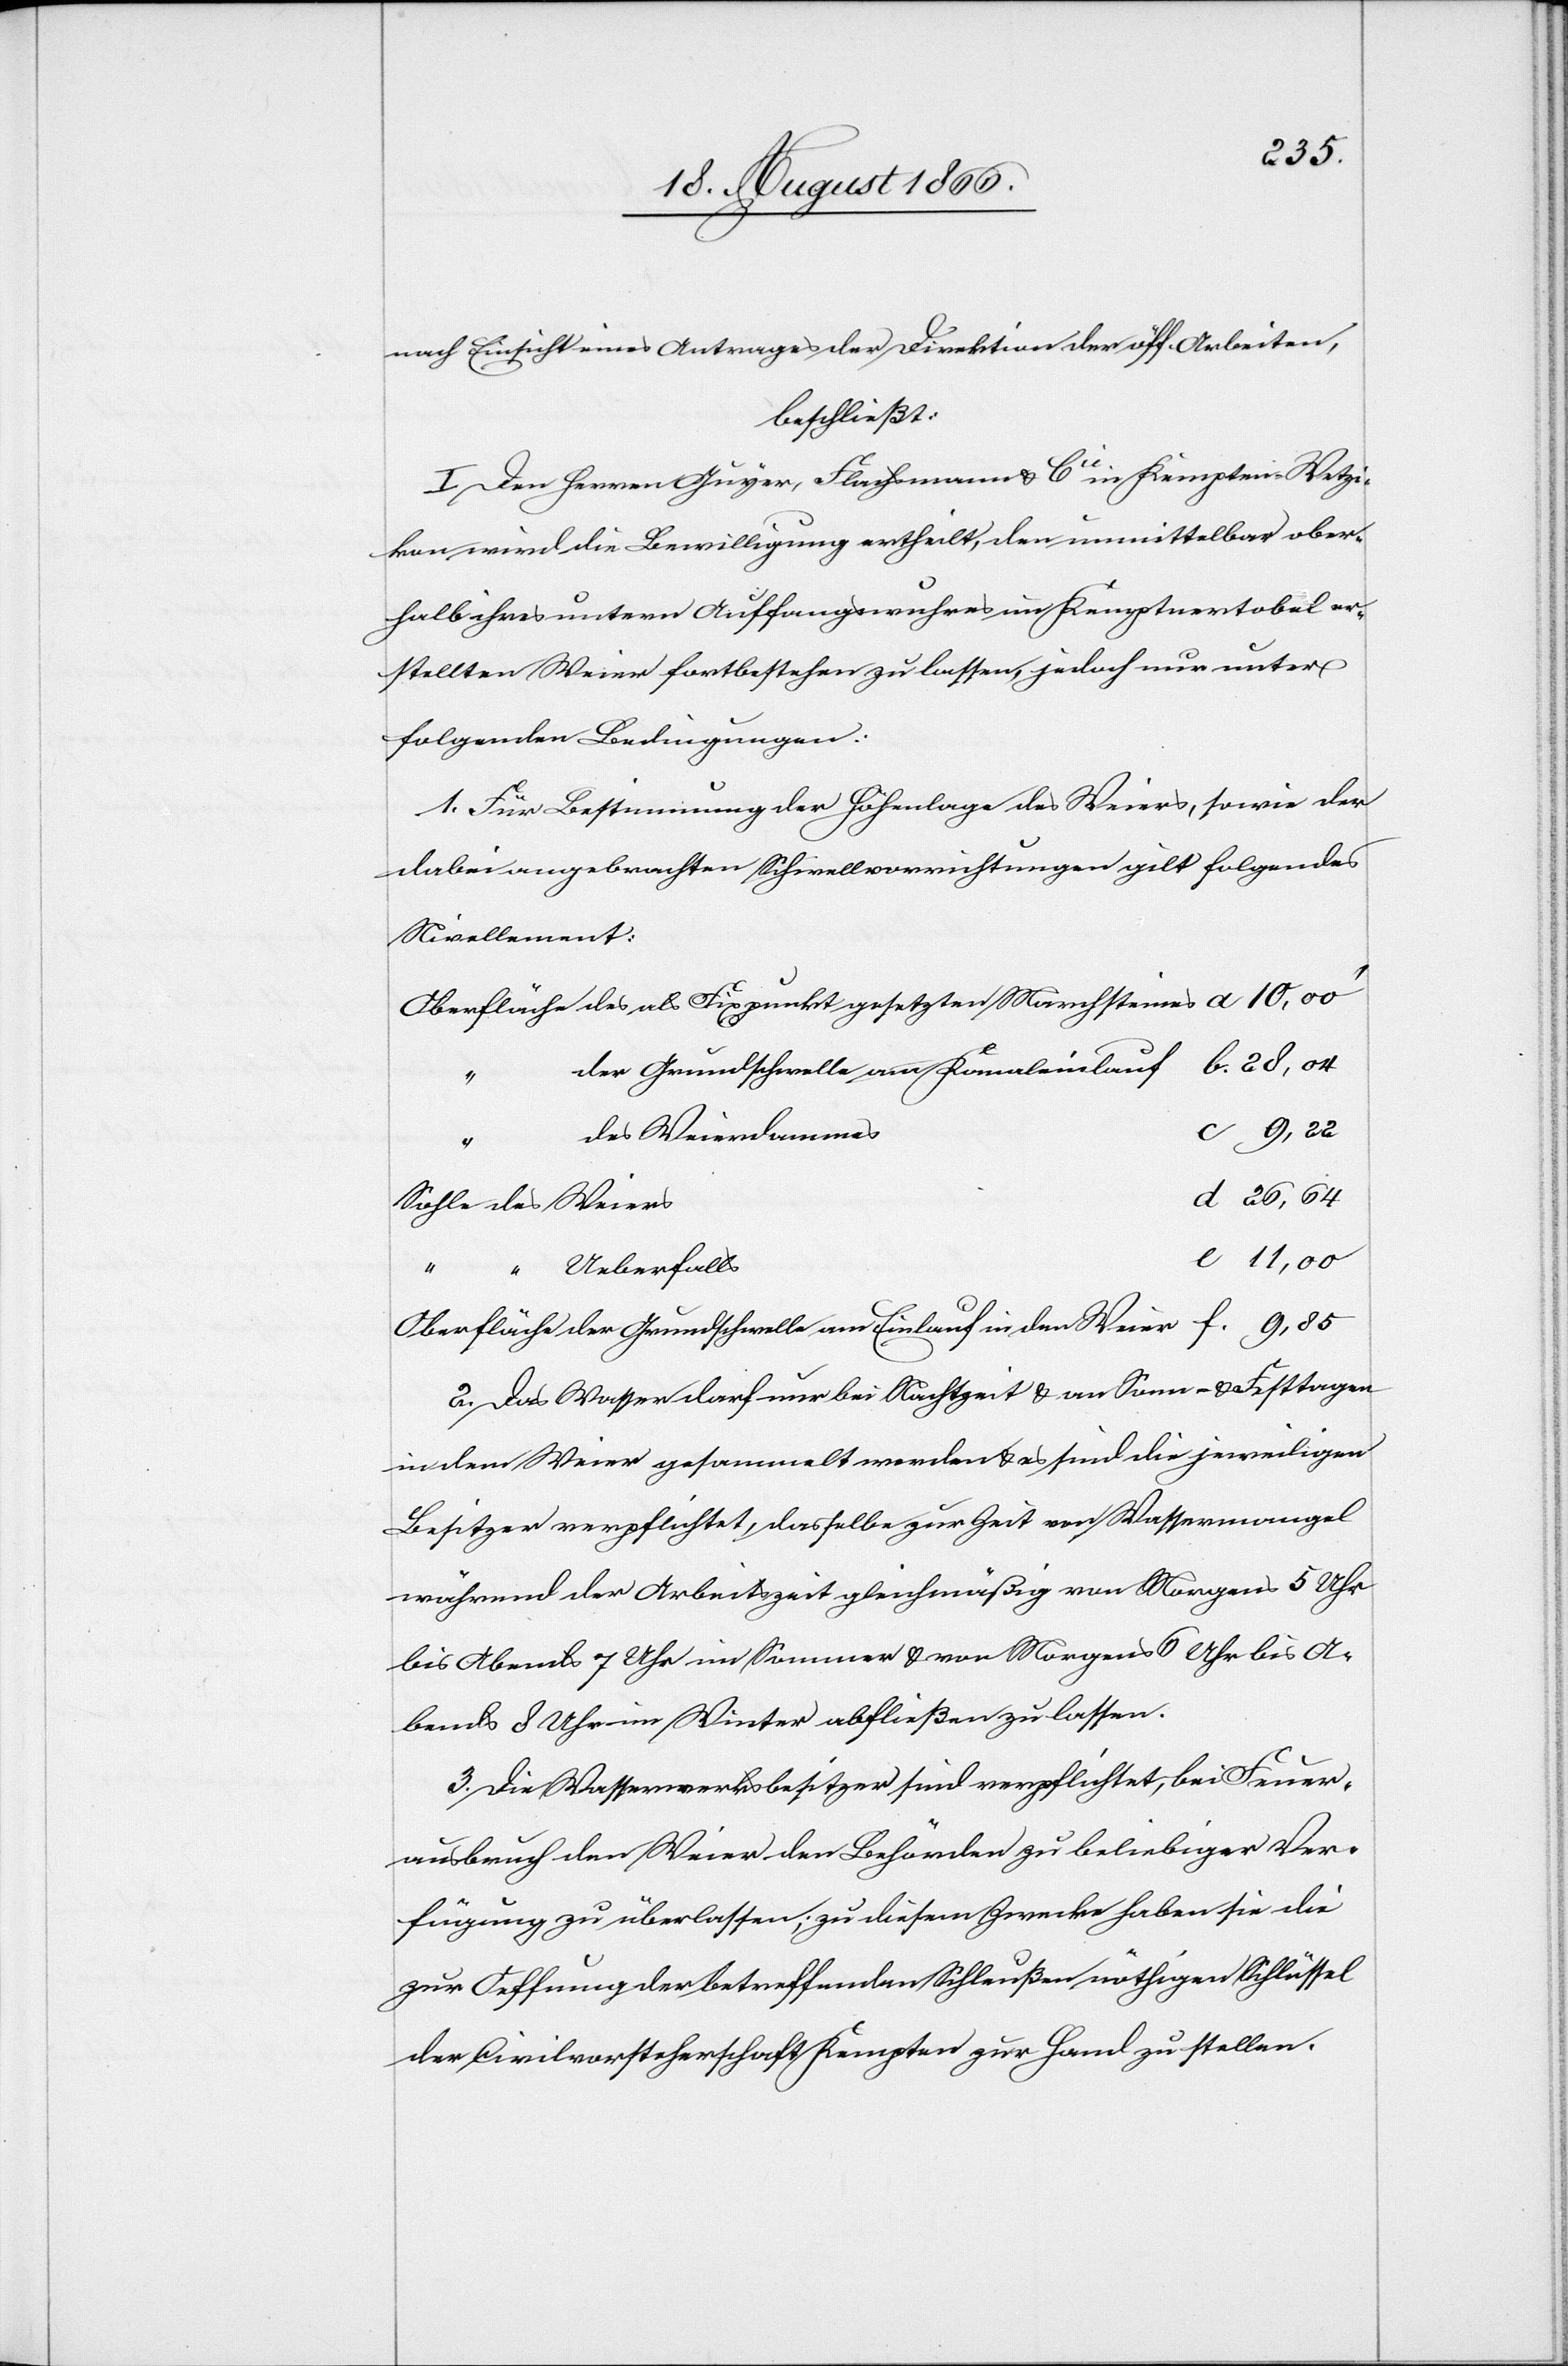
nach Einsicht eines Antrages der Direktion der öff. Arbeiten,
beschließt:
I Den Herren Guyer, Flachmann & Cie. in Kempten-Wetzi¬
kon wird die Bewilligung ertheilt, den unmittelbar ober¬
halb ihres untern Auffangswuhres im Kemptnertobel er¬
stellten Weier fortbestehen zu lassen, jedoch nur unter
folgenden Bedingungen:
1. Für Bestimmung der Höhenlage des Weiers, sowie der
dabei angebrachten Schwellvorrichtungen gilt folgendes
Nivellement:
der Grundschwelle am Kanaleinlauf
“
des Weierdammes
ers
“
Ueberfalls
gesetzten Marchsteines
2. Das Wasser darf nur bei Nachtzeit u. an Sonn- u. Feiertagen
in dem Weier gesammelt werden u. es sind die jeweiligen
Besitzer verpflichtet, dasselbe zur Zeit von Wassermangel
während der Arbeitszeit gleichmäßig von Morgens 5 Uhr
bis Abends 7 Uhr im Sommer u. von Morgens 6 Uhr bis A¬
bends 8 Uhr im Winter abfließen zu lassen.
3. Die Wasserwerksbesitzer sind verpflichtet, bei Feuer¬
ausbruch den Weier den Behörden zu beliebiger Ver¬
fügung zu überlassen; zu diesem Zwecke haben sie die
zur Oeffnung der betreffenden Schleußen nöthigen Schlüssel
der Civilvorsteherschaft Kempten zur Hand zu stellen.